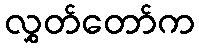
လွှတ်တော်က